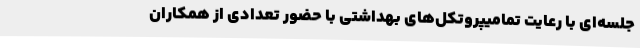
جلسه‌ای با رعایت تمامیپروتکل‌های بهداشتی با حضور تعدادی از همکاران